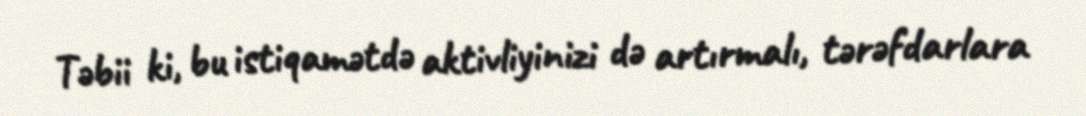
Təbii ki, bu istiqamətdə aktivliyinizi də artırmalı, tərəfdarlara